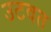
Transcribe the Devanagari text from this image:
उटवत